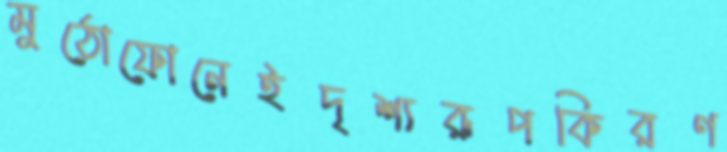
মুঠোফোনেইদৃশ্যরূপকিরণ